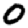
Digit: 0